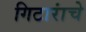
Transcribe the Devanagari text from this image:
गिटारांचे